Leprosy in India: report of the Leprosy Commission in India, 1890-91
Year: 1890
Disease focus: Leprosy
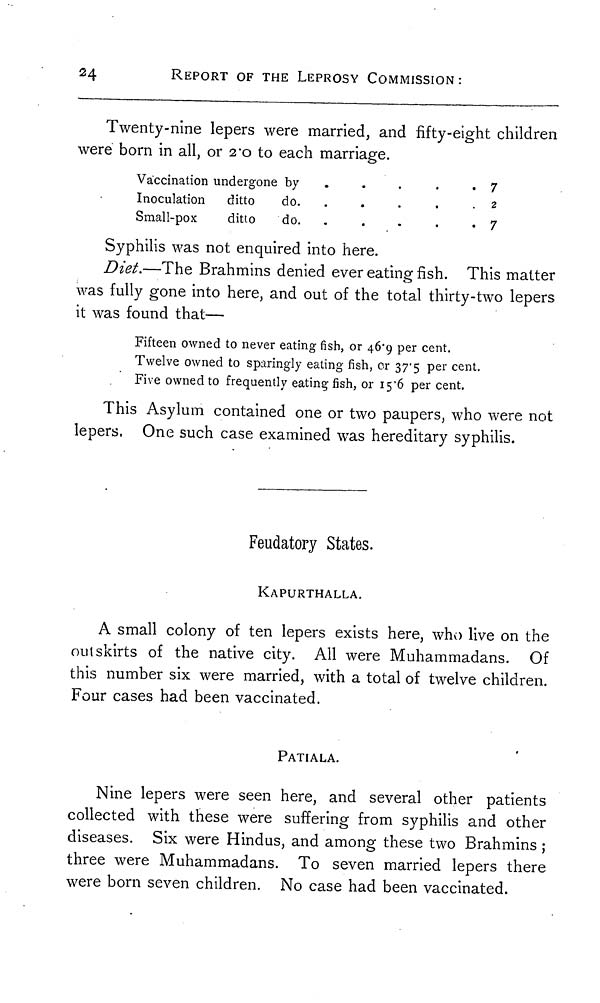
24
REPORT OF THE LEPROSY COMMISSION :
Twenty-nine lepers were married, and fifty-eight children
were born in all, or 2.0 to each marriage.
Vaccination undergone by
.
.
.
.7
Inoculation
ditto
do.
.
.
.
.2
Small-pox
ditto
do.
-
.
.
.
.7
Syphilis was not enquired into here.
Diet.—The Brahmins denied ever eating fish. This matter
was fully gone into here, and out of the total thirty-two lepers
it was found that—
Fifteen owned to never eating fish, or 46.9 per cent.
Twelve owned to sparingly eating fish, or 37. 5 per cent.
Five owned to frequently eating fish, or 15.6 per cent.
This Asylum contained one or two paupers, who were not
lepers. One such case examined was hereditary syphilis.
Feudatory States.
KAPURTHALLA.
A small colony of ten lepers exists here, who live on the
outskirts of the native city. All were Muhammadans. Of
this number six were married, with a total of twelve children.
Four cases had been vaccinated.
PATIALA.
Nine lepers were seen here, and several other patients
collected with these were suffering from syphilis and other
diseases. Six were Hindus, and among these two Brahmins ;
three were Muhammadans. To seven married lepers there
were born seven children. No case had been vaccinated.